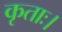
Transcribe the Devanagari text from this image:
कृताः।